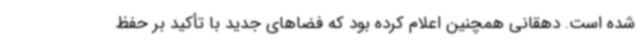
شده است. دهقانی همچنین اعلام کرده بود که فضاهای جدید با تأکید بر حفظ